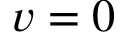
v = 0